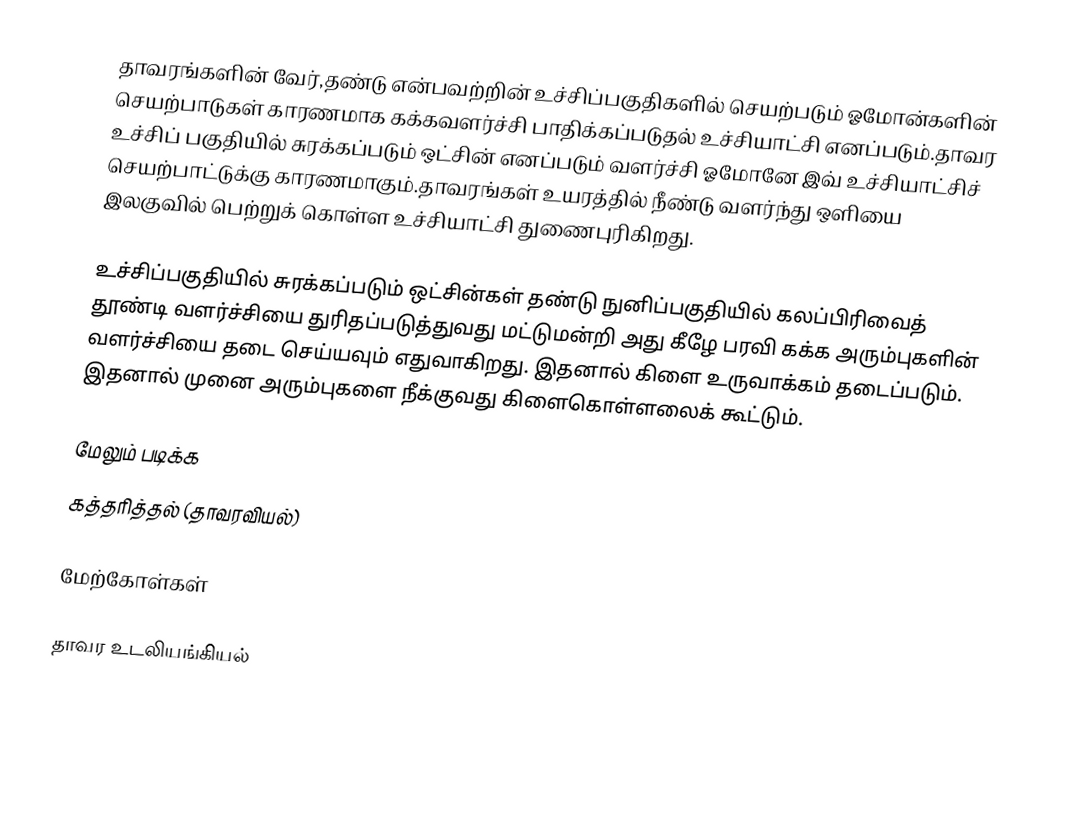
தாவரங்களின் வேர்,தண்டு என்பவற்றின் உச்சிப்பகுதிகளில் செயற்படும் ஓமோன்களின் செயற்பாடுகள் காரணமாக கக்கவளர்ச்சி பாதிக்கப்படுதல் உச்சியாட்சி எனப்படும்.தாவர உச்சிப் பகுதியில் சுரக்கப்படும் ஒட்சின் எனப்படும் வளர்ச்சி ஓமோனே இவ் உச்சியாட்சிச் செயற்பாட்டுக்கு காரணமாகும்.தாவரங்கள் உயரத்தில் நீண்டு வளர்ந்து ஒளியை இலகுவில் பெற்றுக் கொள்ள உச்சியாட்சி துணைபுரிகிறது.

உச்சிப்பகுதியில் சுரக்கப்படும் ஒட்சின்கள் தண்டு நுனிப்பகுதியில் கலப்பிரிவைத்  தூண்டி வளர்ச்சியை துரிதப்படுத்துவது மட்டுமன்றி அது கீழே பரவி கக்க அரும்புகளின் வளர்ச்சியை தடை செய்யவும் எதுவாகிறது. இதனால் கிளை உருவாக்கம் தடைப்படும். இதனால் முனை அரும்புகளை நீக்குவது கிளைகொள்ளலைக் கூட்டும்.

மேலும் படிக்க
கத்தரித்தல் (தாவரவியல்)

மேற்கோள்கள்

தாவர உடலியங்கியல்